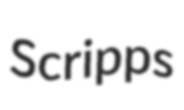
Scripps